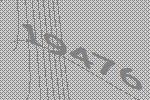
19476